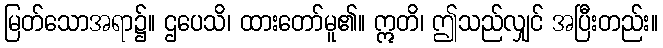
မြတ်သောအရာ၌။ ဌပေသိ၊ ထားတော်မူ၏။ ဣတိ၊ ဤသည်လျှင် အပြီးတည်း။